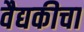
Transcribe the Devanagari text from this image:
वैद्यकीचा